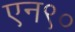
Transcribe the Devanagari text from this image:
एन९०